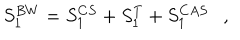
LaTeX: S _ { 1 } ^ { B W } = S _ { 1 } ^ { C S } + S _ { 1 } ^ { T } + S _ { 1 } ^ { C A S } ,